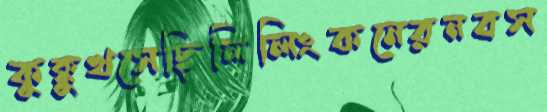
কুক্কুখসেছিলিলিংকনেরনবস